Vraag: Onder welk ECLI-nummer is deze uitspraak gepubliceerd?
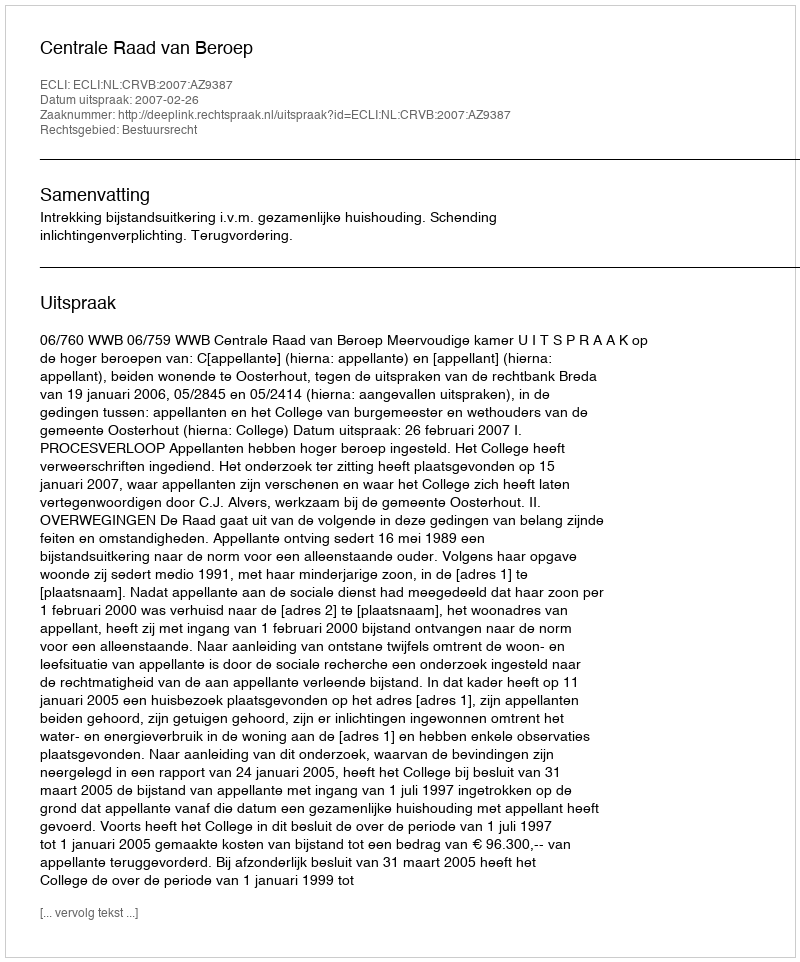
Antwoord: ECLI:NL:CRVB:2007:AZ9387